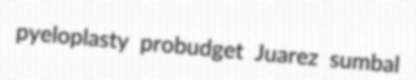
pyeloplasty probudget Juarez sumbal